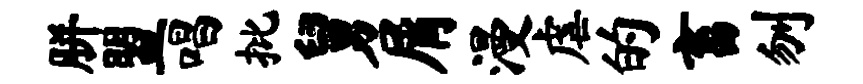
胼盟唱批舅屑漫虐的畜刎